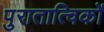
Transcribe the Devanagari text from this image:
पुरातात्विकों